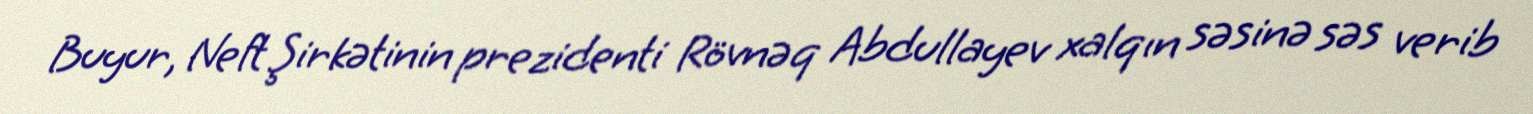
Buyur, Neft Şirkətinin prezidenti Rövnəq Abdullayev xalqın səsinə səs verib